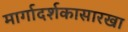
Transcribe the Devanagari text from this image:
मार्गादर्शकासारखा